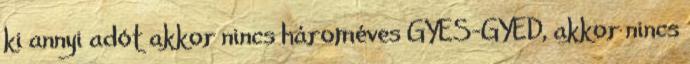
ki annyi adót akkor nincs hároméves GYES-GYED, akkor nincs